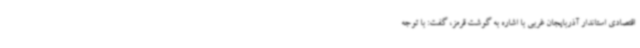
اقتصادی استاندار آذربایجان غربی با اشاره به گوشت قرمز، گفت: با توجه